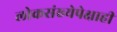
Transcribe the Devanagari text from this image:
लोकसंख्येपेक्षाही